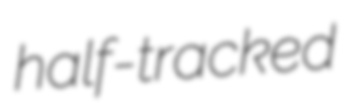
half-tracked